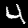
Digit: 4